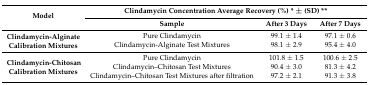
<table><thead><tr><td rowspan="2"><b>Model</b></td><td colspan="3"><b>Clindamycin Concentration Average Recovery (%) * ± (SD) **</b></td></tr><tr><td><b>Sample</b></td><td><b>After 3 Days</b></td><td><b>After 7 Days</b></td></tr></thead><tbody><tr><td rowspan="2"><b>Clindamycin-Alginate Calibration Mixtures</b></td><td>Pure Clindamycin</td><td>99.1 ± 1.4</td><td>97.1 ± 0.6</td></tr><tr><td>Clindamycin-Alginate Test Mixtures</td><td>98.1 ± 2.9</td><td>95.4 ± 4.0</td></tr><tr><td rowspan="3"><b>Clindamycin-Chitosan Calibration Mixtures</b></td><td>Pure Clindamycin</td><td>101.8 ± 1.5</td><td>100.6 ± 2.5</td></tr><tr><td>Clindamycin–Chitosan Test Mixtures</td><td>90.4 ± 3.0</td><td>81.3 ± 4.2</td></tr><tr><td>Clindamycin–Chitosan Test Mixtures after filtration</td><td>97.2 ± 2.1</td><td>91.3 ± 3.8</td></tr></tbody></table>